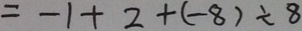
= - 1 + 2 + ( - 8 ) \div 8